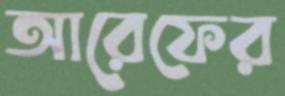
আরেফের